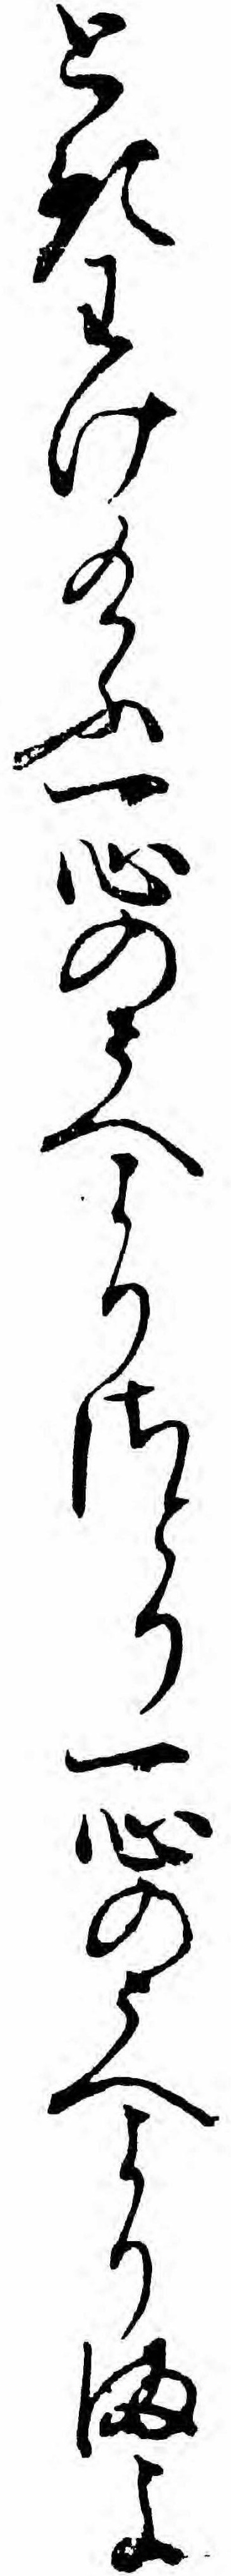
ときわけ給ふ一心のうへよりさとり一心のうへよりまよ